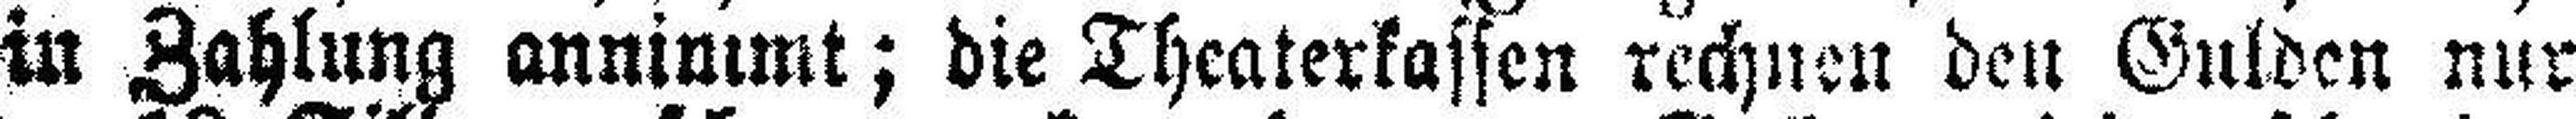
in Zahlung annimmt; die Theaterkassen rechnen den Gulden nur